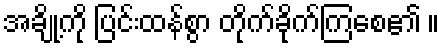
အချို့ကို ပြင်းထန်စွာ တိုက်ခိုက်ကြစေ၏ ။